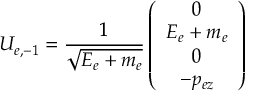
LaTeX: U _ { e , - 1 } = \frac { 1 } { \sqrt { E _ { e } + m _ { e } } } \left( \begin{array} { c } { { 0 } } \\ { { E _ { e } + m _ { e } } } \\ { { 0 } } \\ { { - p _ { e z } } } \end{array} \right)